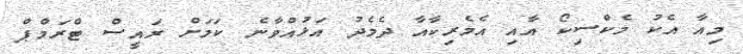
މިއާ އެކު މެކްސިކޯ އާއި އެމެރިކާއާ ދެމެދު އަޅުއްވާނެ ކަމަށް ރައީސް ޓްރަމްޕް